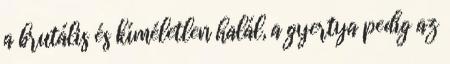
a brutális és kíméletlen halál, a gyertya pedig az